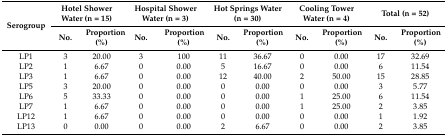
| <ROWSPAN=2> Serogroup | <COLSPAN=2> Hotel Shower Water (n = 15) | <COLSPAN=2> Hospital Shower Water (n = 3) | <COLSPAN=2> Hot Springs Water (n = 30) | <COLSPAN=2> Cooling Tower Water (n = 4) | <COLSPAN=2> Total (n = 52) |
 | No. | Proportion (%) | No. | Proportion (%) | No. | Proportion (%) | No. | Proportion (%) | No. | Proportion (%) |
 | --- | --- | --- | --- | --- | --- | --- | --- | --- | --- | --- |
 | LP1 | 3 | 20.00 | 3 | 100 | 11 | 36.67 | 0 | 0.00 | 17 | 32.69 |
 | LP2 | 1 | 6.67 | 0 | 0.00 | 5 | 16.67 | 0 | 0.00 | 6 | 11.54 |
 | LP3 | 1 | 6.67 | 0 | 0.00 | 12 | 40.00 | 2 | 50.00 | 15 | 28.85 |
 | LP5 | 3 | 20.00 | 0 | 0.00 | 0 | 0.00 | 0 | 0.00 | 3 | 5.77 |
 | LP6 | 5 | 33.33 | 0 | 0.00 | 0 | 0.00 | 1 | 25.00 | 6 | 11.54 |
 | LP7 | 1 | 6.67 | 0 | 0.00 | 0 | 0.00 | 1 | 25.00 | 2 | 3.85 |
 | LP12 | 1 | 6.67 | 0 | 0.00 | 0 | 0.00 | 0 | 0.00 | 1 | 1.92 |
 | LP13 | 0 | 0.00 | 0 | 0.00 | 2 | 6.67 | 0 | 0.00 | 2 | 3.85 |